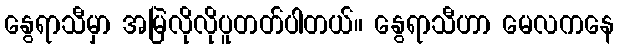
နွေရာသီမှာ အမြဲလိုလိုပူတတ်ပါတယ်။ နွေရာသီဟာ မေလကနေ